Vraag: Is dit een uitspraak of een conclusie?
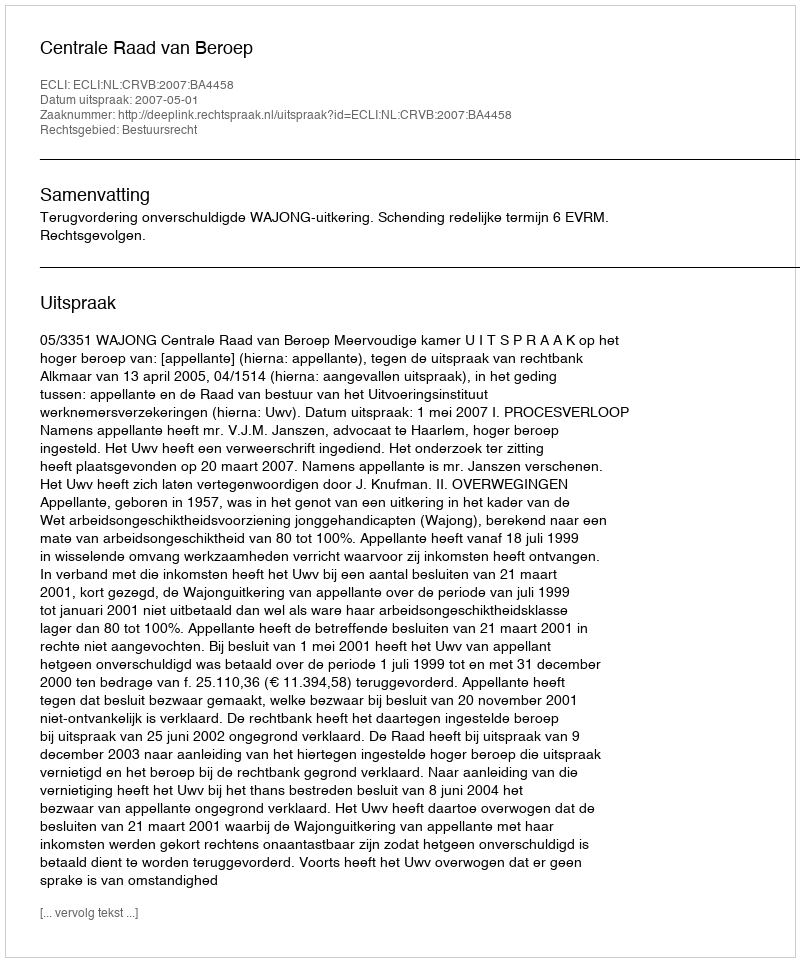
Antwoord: Uitspraak